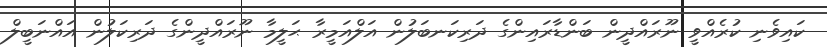
ކައިވެނި ކުރެއްވީ ނޫރައްދީން ބަންޑާރައިންގެ ދަރިކަނބަލުން އަލްއަމީރާ ޙަލީމާ ނޫރައްދީންގެ ދަރިކަލުން އައްނަބީލް